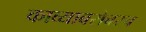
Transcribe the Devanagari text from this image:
काव्याबरोबरच